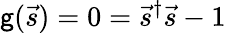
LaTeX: \mathsf{g}(\vec{{s}})=0=\vec{{s}}^{\dagger}\vec{{s}}-1